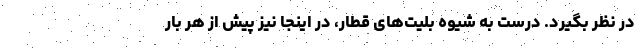
در نظر بگیرد. درست به شیوه بلیت‌های قطار، در اینجا نیز پیش از هر بار